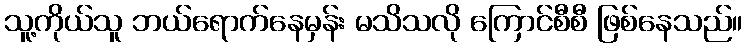
သူ့ကိုယ်သူ ဘယ်ရောက်နေမှန်း မသိသလို ကြောင်စီစီ ဖြစ်နေသည်။